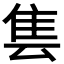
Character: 𱁆